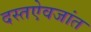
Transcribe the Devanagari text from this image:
दस्तऐवजांत